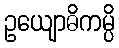
ဥယျောဓိကမ္ပိ